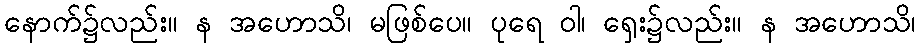
နောက်၌လည်း။ န အဟောသိ၊ မဖြစ်ပေ။ ပုရေ ဝါ၊ ရှေး၌လည်း။ န အဟောသိ၊